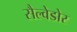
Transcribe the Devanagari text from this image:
सैल्वेडोर